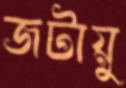
জটায়ু